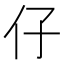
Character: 仔